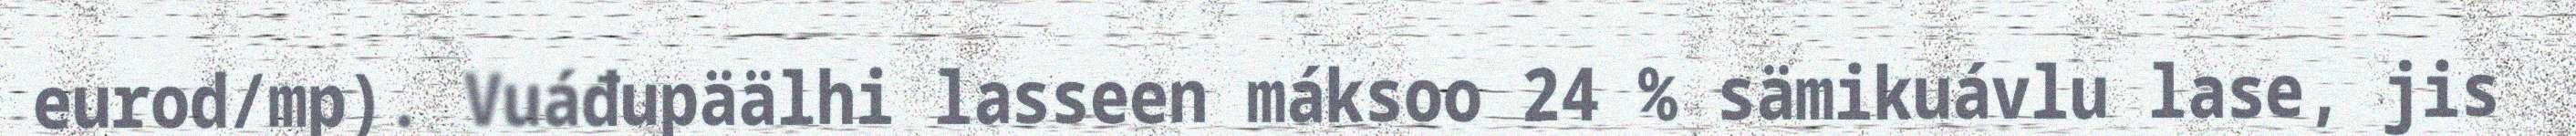
eurod/mp). Vuáđupäälhi lasseen máksoo 24 % sämikuávlu lase, jis